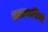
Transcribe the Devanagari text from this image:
आप्रवासियो